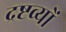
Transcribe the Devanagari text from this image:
द्रष्टव्यों